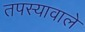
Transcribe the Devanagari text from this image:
तपस्यावाले